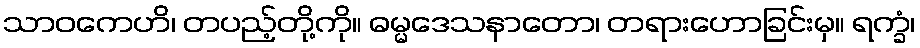
သာဝကေဟိ၊ တပည့်တို့ကို။ ဓမ္မဒေသနာတော၊ တရားဟောခြင်းမှ။ ရက္ခံ၊